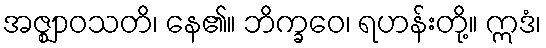
အဇ္ဈာဝသတိ၊ နေ၏။ ဘိက္ခဝေ၊ ရဟန်းတို့။ ဣဒံ၊